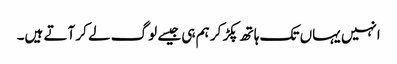
انہیں یہاں تک ہاتھ پکڑ کر ہم ہی جیسے لوگ لے کر آتے ہیں۔